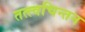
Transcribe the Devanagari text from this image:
तत्त्वचिन्तन